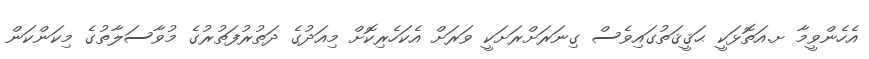
އެހެންވީމާ ށ.އަތޮޅަކީ ޙަޤީޤަތުގައިވެސް ގިނަރަށްރަށަކީ ވަރަށް އެކަހެރިކޮށް މިއަދުގެ ދަތުރުފަތުރުގެ މުވާސަލާތުގެ މިކަންކަން